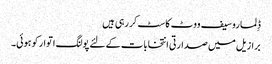
ڈِلما روسیف ووٹ کاسٹ کر رہی ہیں
برازیل میں صدارتی انتخابات کے لئے پولنگ اتوار کو ہوئی۔